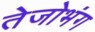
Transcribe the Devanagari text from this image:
तेजोभंग